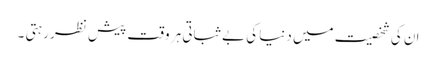
ان کی شخصیت میں دنیا کی بے ثباتی ہر وقت پیش نظر رہتی ۔